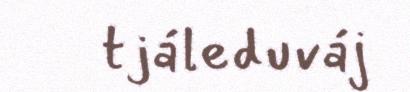
tjáleduváj